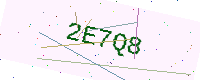
Text: 2E7Q8